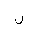
Letter: _lam